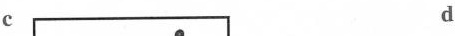
c d